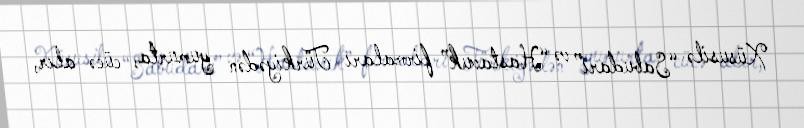
Xüsusilə “Sabudari” və “Hastavuk” firmaları Türkiyədən yumurta, cücə alır,